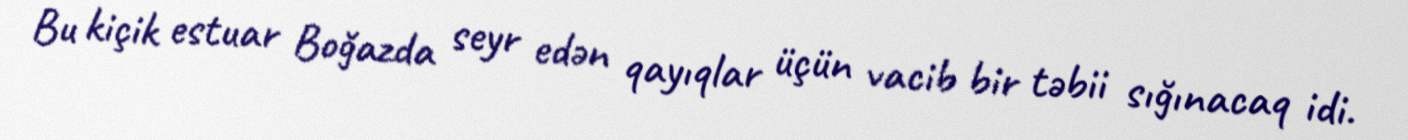
Bu kiçik estuar Boğazda seyr edən qayıqlar üçün vacib bir təbii sığınacaq idi.